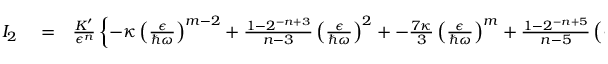
\begin{array} { r l r } { I _ { 2 } } & { { } = } & { \frac { K ^ { \prime } } { \epsilon ^ { n } } \left\{ - \kappa \left( \frac { \epsilon } { \hbar \omega } \right) ^ { m - 2 } + \frac { 1 - 2 ^ { - n + 3 } } { n - 3 } \left( \frac { \epsilon } { \hbar \omega } \right) ^ { 2 } + - \frac { 7 \kappa } { 3 } \left( \frac { \epsilon } { \hbar \omega } \right) ^ { m } + \frac { 1 - 2 ^ { - n + 5 } } { n - 5 } \left( \frac { \epsilon } { \hbar \omega } \right) ^ { 4 } + \cdots - \frac { 3 1 \kappa } { 5 } \left( \frac { \epsilon } { \hbar \omega } \right) ^ { m + 2 } \right\} } \end{array}